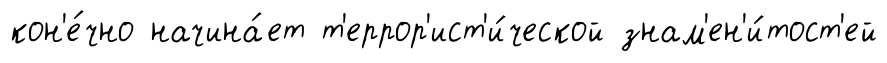
кон'е́чно начина́ет т'еррор'ист'и́ческой знам'ен'и́тост'ей